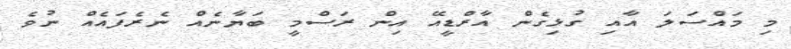
މި މައްސަލަ އާއި ގުޅިގެން އާރްޑީއޭ އިން ރަސްމީ ބަޔާނެއް ނެރެފައެއް ނުވެ